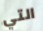
التي